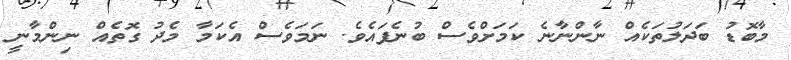
މާބޮޑު ބަދަލުތަކެއް ނާންނާނެ ކަމަށްވެސް ބުނެފައެވެ. ނަމަވެސް އެކަމާ މެދު ގޮތެއް ނިންމާނީ